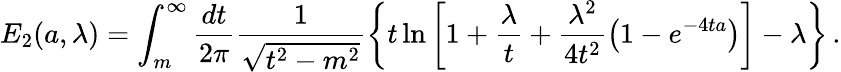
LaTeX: E_{2}(a,\lambda)=\int_{m}^{\infty}\frac{dt}{2\pi}\frac{1}{\sqrt{t^{2}-m^{2}}}\left\{ t\ln\left[1+\frac{\lambda}{t}+\frac{\lambda^{2}}{4t^{2}}\left(1-e^{-4ta}\right)\right]-\lambda\right\} \, .